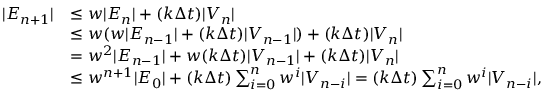
\begin{array} { r l } { | E _ { n + 1 } | } & { \leq w | E _ { n } | + ( k \Delta t ) | V _ { n } | } \\ & { \leq w ( w | E _ { n - 1 } | + ( k \Delta t ) | V _ { n - 1 } | ) + ( k \Delta t ) | V _ { n } | } \\ & { = w ^ { 2 } | E _ { n - 1 } | + w ( k \Delta t ) | V _ { n - 1 } | + ( k \Delta t ) | V _ { n } | } \\ & { \leq w ^ { n + 1 } | E _ { 0 } | + ( k \Delta t ) \sum _ { i = 0 } ^ { n } w ^ { i } | V _ { n - i } | = ( k \Delta t ) \sum _ { i = 0 } ^ { n } w ^ { i } | V _ { n - i } | , } \end{array}